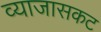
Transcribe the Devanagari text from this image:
व्याजासकट